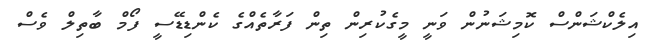
އިލެކްޝަންސް ކޮމިޝަނުން ވަނީ މީގެކުރިން ތިން ފަރާތެއްގެ ކެންޑިޑޭސީ ފޯމް ބާތިލް ވެސް